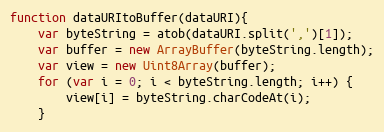
Language: JavaScript
function dataURItoBuffer(dataURI){
    var byteString = atob(dataURI.split(',')[1]);
    var buffer = new ArrayBuffer(byteString.length);
    var view = new Uint8Array(buffer);
    for (var i = 0; i < byteString.length; i++) {
        view[i] = byteString.charCodeAt(i);
    }